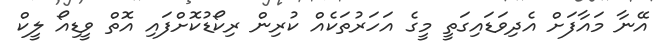
އޭނާ މައާފަށް އެދިވަޑައިގަތީ މީގެ އަހަރުތަކެއް ކުރިން ރިކޯޑުކޮށްފައި އޮތް ވީޑިއޯ ލީކް